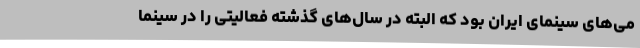
می‌های سینمای ایران بود که البته در سال‌های گذشته فعالیتی را در سینما